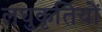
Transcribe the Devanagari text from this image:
लघुकृतियों